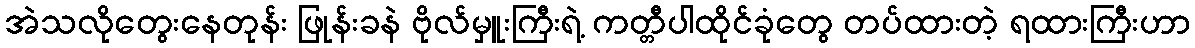
အဲသလိုတွေးနေတုန်း ဖြုန်းခနဲ ဗိုလ်မှူးကြီးရဲ့ ကတ္တီပါထိုင်ခုံတွေ တပ်ထားတဲ့ ရထားကြီးဟာ